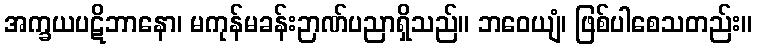
အက္ခယပဋိဘာနော၊ မကုန်မခန်းဉာဏ်ပညာရှိသည်။ ဘဝေယျံ၊ ဖြစ်ပါစေသတည်း။